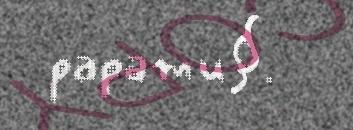
papamu§.